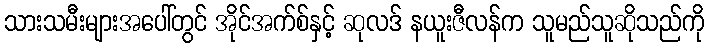
သားသမီးများအပေါ်တွင် အိုင်အက်စ်နှင့် ဆုလဒ် နယူးဇီလန်က သူမည်သူဆိုသည်ကို